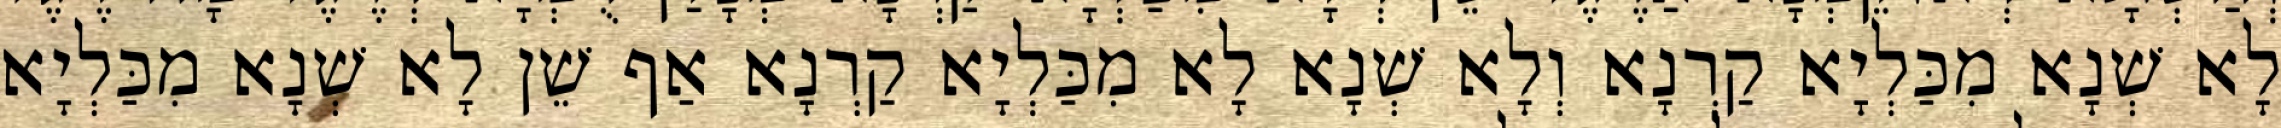
לָא שְׁנָא מִכַּלְיָא קַרְנָא וְלָא שְׁנָא לָא מִכַּלְיָא קַרְנָא אַף שֵׁן לָא שְׁנָא מִכַּלְיָא